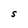
Character: S